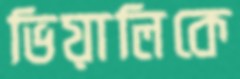
ভিয়ালিকে